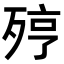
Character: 𣨉